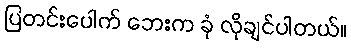
ပြတင်းပေါက် ဘေးက ခုံ လိုချင်ပါတယ်။